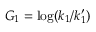
G _ { 1 } = \log ( k _ { 1 } / k _ { 1 } ^ { \prime } )